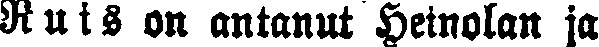
Ruis on antanut Heinolan ja